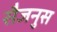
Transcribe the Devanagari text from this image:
सैजनुस